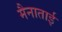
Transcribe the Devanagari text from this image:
मैनाताई